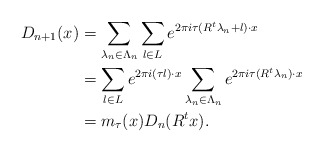
\begin{align*}D_{n+1}(x) &= \sum_{\lambda_{n}\in \Lambda_{n}}\sum_{l\in L}e^{2\pi i\tau(R^t\lambda_{n}+l)\cdot x} \\ &= \sum_{l\in L}e^{2\pi i (\tau l) \cdot x}\sum_{\lambda_{n}\in \Lambda_{n}}e^{2\pi i\tau (R^t\lambda_{n})\cdot x}\\ &=m_\tau(x)D_n(R^t x).\end{align*}